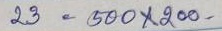
23 = 500 x 200